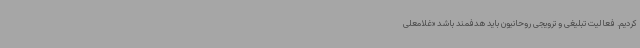
کردیم. فعالیت تبلیغی و ترویجی روحانیون باید هدفمند باشد «غلامعلی